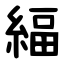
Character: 䋹